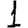
Digit: 1